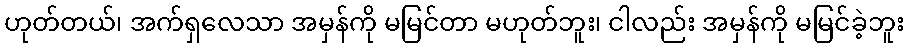
ဟုတ်တယ်၊ အက်ရှလေသာ အမှန်ကို မမြင်တာ မဟုတ်ဘူး၊ ငါလည်း အမှန်ကို မမြင်ခဲ့ဘူး